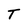
Character: T